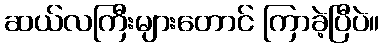
ဆယ်လကြီးများတောင် ကြာခဲ့ပြီပဲ။